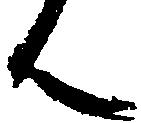
ん